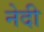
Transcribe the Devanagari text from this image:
नेदी